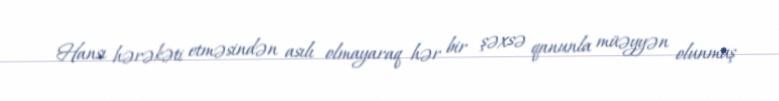
Hansı hərəkəti etməsindən asılı olmayaraq hər bir şəxsə qanunla müəyyən olunmuş